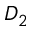
D _ { 2 }